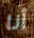
أنا